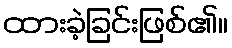
ထားခဲ့ခြင်းဖြစ်၏။